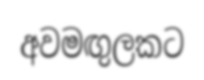
අවමඟුලකට